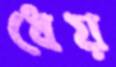
ধেয়